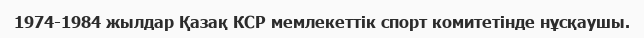
1974-1984 жылдар Қазақ КСР мемлекеттік спорт комитетінде нұсқаушы.